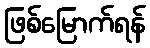
ဖြစ်မြောက်ရန်